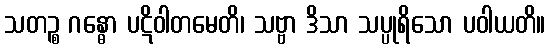
သတဉ္စ ဂန္ဓော ပဋိဝါတမေတိ၊ သဗ္ဗာ ဒိသာ သပ္ပုရိသော ပဝါယတိ။